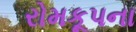
રોમકૂપના